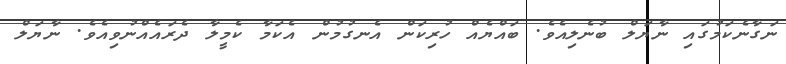
ނަގާނެކަމުގައި ނާޔަލް ބުނެލިއެވެ. ބައްޔެއް ހުރިކަން އެނގުމުން އެކަމާ ކެމީލާ ދެރައެއްނުވިއެވެ. ނާޔަލް